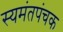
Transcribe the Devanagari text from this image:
स्यमंतपंचक